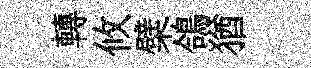
轉攸檗鴿猶